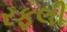
રફલી